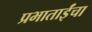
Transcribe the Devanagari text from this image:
प्रभाताईंचा